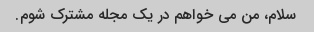
سلام، من می خواهم در یک مجله مشترک شوم.